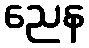
ညေန